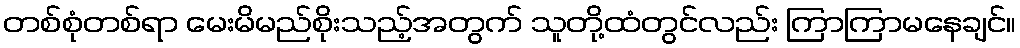
တစ်စုံတစ်ရာ မေးမိမည်စိုးသည့်အတွက် သူတို့ထံတွင်လည်း ကြာကြာမနေချင်။